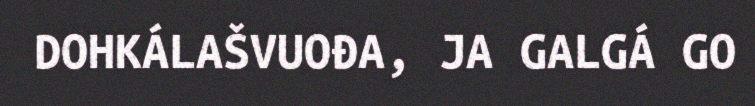
DOHKÁLAŠVUOĐA, JA GALGÁ GO